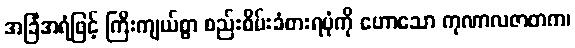
အခြံအရံဖြင့် ကြီးကျယ်စွာ စည်းစိမ်းခံစားရပုံကို ဟောသော ကုဏာလဇာတက၊